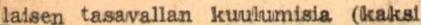
laisen tasavallan kuulumisia (kaksi